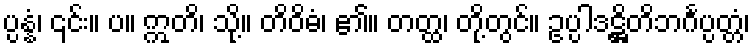
ပ္ပန္နံ၊ ၎င်း။ ပ။ ဣတိ၊ သို့။ တိဝိဓံ၊ ၏။ တတ္ထ၊ တို့တွင်။ ဥပ္ပါဒဋ္ဌိတိဘင်္ဂပ္ပတ္တံ၊